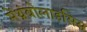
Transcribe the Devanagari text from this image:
मेंथ्रंबोलाइसिस